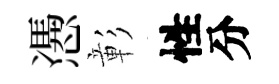
慿彰性分